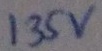
Text: 135v